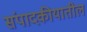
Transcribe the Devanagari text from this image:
संपादकीयातील